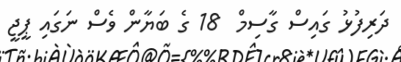
ދަރިފުޅު ގައިސް ގާސިމް  18 ގެ ބަޔާން ވެސް ނަގައި ޕީޖީ